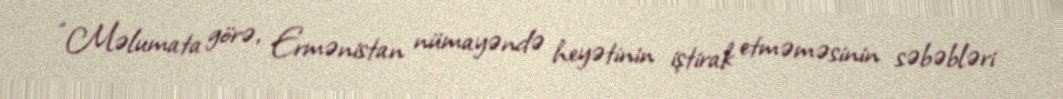
“Məlumata görə, Ermənistan nümayəndə heyətinin iştirak etməməsinin səbəbləri